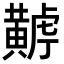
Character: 𪏏